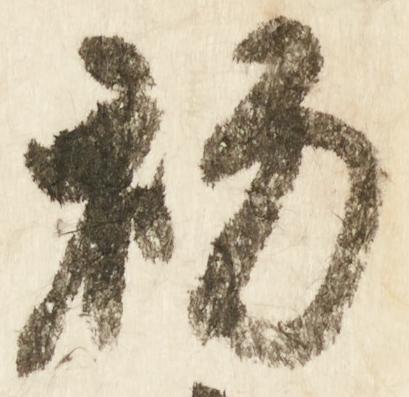
初